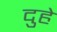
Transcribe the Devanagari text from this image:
दुहे